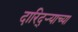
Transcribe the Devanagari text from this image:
दारिद्ऱ्याच्या